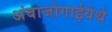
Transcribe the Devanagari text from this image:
अंबाजोगाईयेथे